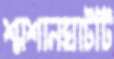
শ্মশানঘাটটি